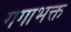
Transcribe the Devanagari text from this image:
गंगाभक्त